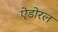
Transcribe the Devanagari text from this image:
ऐडोरल